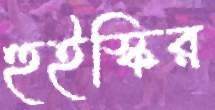
হুইস্কির